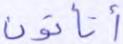
أتأتون